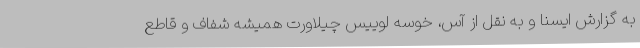
به گزارش ایسنا و به نقل از آس، خوسه لوییس چیلاورت همیشه شفاف و قاطع